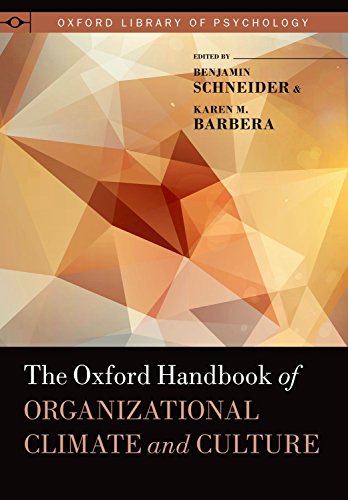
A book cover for The Oxford Handbook of Organizational Climate and Culture (Oxford Library of Psychology); Medical Books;